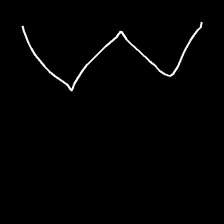
Glyph: crush